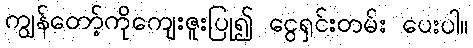
ကျွန်တော့်ကိုကျေးဇူးပြု၍ ငွေရှင်းတမ်း ပေးပါ။